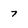
Character: 7